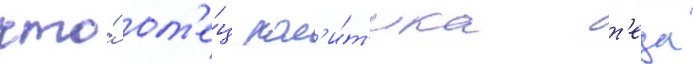
что́ от'е́ц пол'и́т'ика т'еда